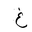
Letter: _gayn